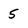
Character: 5